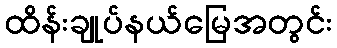
ထိန်းချုပ်နယ်မြေအတွင်း